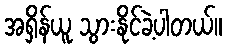
အရှိန်ယူ သွားနိုင်ခဲ့ပါတယ်။